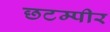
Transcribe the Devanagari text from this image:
छटम्पीर